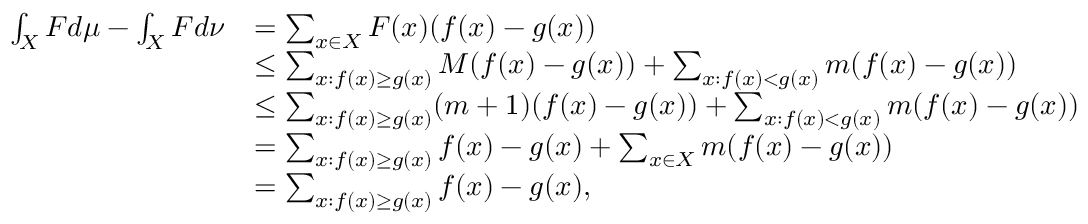
\begin{array} { r l } { \int _ { X } F d \mu - \int _ { X } F d \nu } & { = \sum _ { x \in X } F ( x ) ( f ( x ) - g ( x ) ) } \\ & { \leq \sum _ { x : f ( x ) \geq g ( x ) } M ( f ( x ) - g ( x ) ) + \sum _ { x : f ( x ) < g ( x ) } m ( f ( x ) - g ( x ) ) } \\ & { \leq \sum _ { x : f ( x ) \geq g ( x ) } ( m + 1 ) ( f ( x ) - g ( x ) ) + \sum _ { x : f ( x ) < g ( x ) } m ( f ( x ) - g ( x ) ) } \\ & { = \sum _ { x : f ( x ) \geq g ( x ) } f ( x ) - g ( x ) + \sum _ { x \in X } m ( f ( x ) - g ( x ) ) } \\ & { = \sum _ { x : f ( x ) \geq g ( x ) } f ( x ) - g ( x ) , } \end{array}